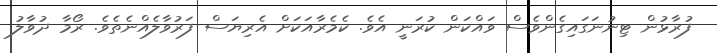
ފުރާޅުން ޓިނުނަގައިގެންވެސް ވައްކަން ކުރަނީ އެވެ. ކެމެރާއަކަށް އެރިޔަސް ފަރުވާލެއްނެތެވެ. ރޯމާ ދުވާލު